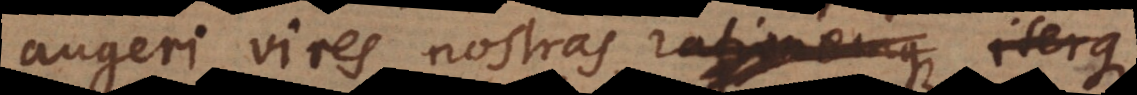
augeri vires nostras, rationemque iterqu